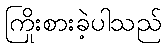
ကြိုးစားခဲ့ပါသည်